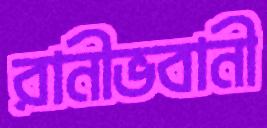
রানীভবানী